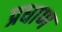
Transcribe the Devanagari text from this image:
प्रधाण